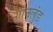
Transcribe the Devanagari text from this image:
ग्रानलुंड